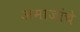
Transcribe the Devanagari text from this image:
अमाजांचे